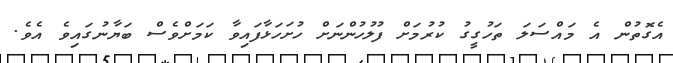
އެގޮތުން އެ މައްސަލަ ތަހުގީގު ކުރުމަށް ފުލުހުންނަށް ހުށަހަޅާފައިވާ ކަމަށްވެސް ބަޔާނުގައިވެ އެވެ.